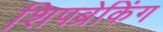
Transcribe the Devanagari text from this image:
शिपब्रेकिंग